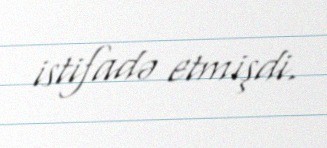
istifadə etmişdi.